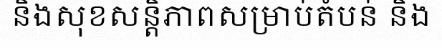
និងសុខសន្តិភាពសម្រាប់តំបន់ និង